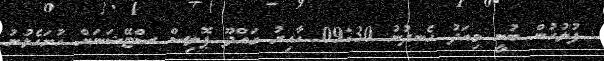
ފުލުހުން ބުނީ މިއަދު ހެނދުނު 09:30 ހާއިރު ގައްދޫ ޕޮލިސް ސްޓޭޝަނަށް ހުށަހެޅުނު